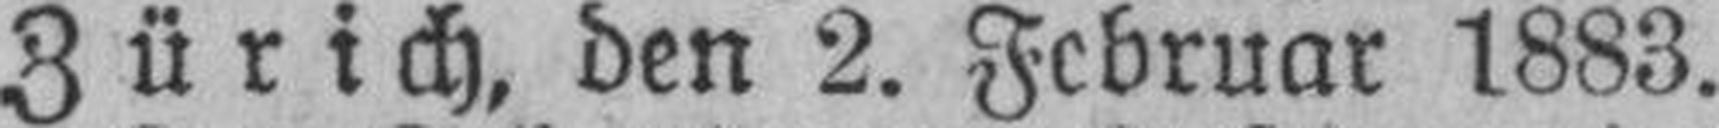
Zürich, den 2. Februar 1883.